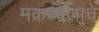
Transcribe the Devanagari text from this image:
मक्रध्वजाचे